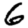
Digit: 6